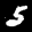
Label: 5